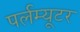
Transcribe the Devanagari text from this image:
पर्लम्यूटर